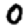
Digit: 0